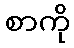
စာကို